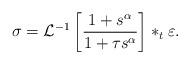
LaTeX: \begin{align*}\sigma =\mathcal{L}^{-1}\left[ \frac{1+s^{\alpha }}{1+\tau s^{\alpha }}\right] \ast _{t}\varepsilon . \end{align*}